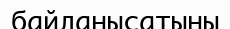
байланысатыны